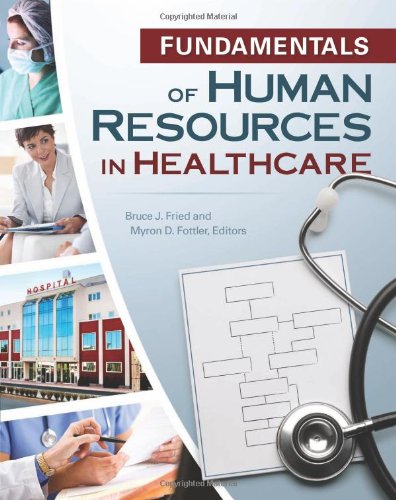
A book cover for Fundamentals of Human Resources in Healthcare (Gateway to Healthcare Management); Bruce J. Fried; Medical Books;